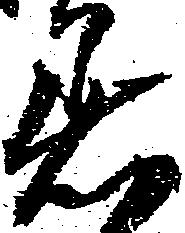
着